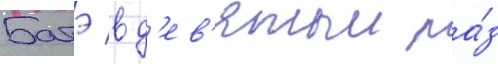
Батэ в д'ев'ятыи ра́з